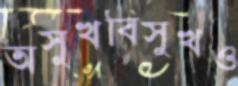
অসুখবিসুখও